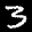
Label: 3